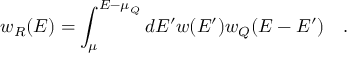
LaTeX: w _ { R } ( E ) = \int _ { \mu } ^ { E - \mu _ { Q } } d E ^ { \prime } w ( E ^ { \prime } ) w _ { Q } ( E - E ^ { \prime } ) ~ ~ ~ .